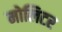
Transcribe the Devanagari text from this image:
मोलिटर